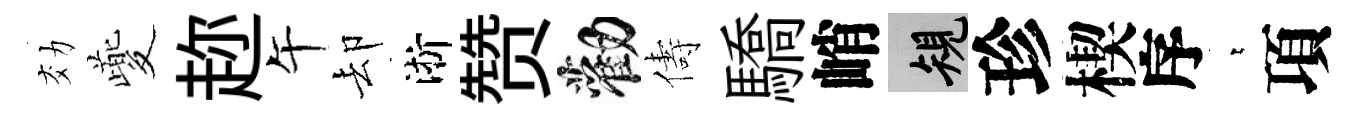
効夔趂午却淅赞勸儔驕峭規珍楔序萋項